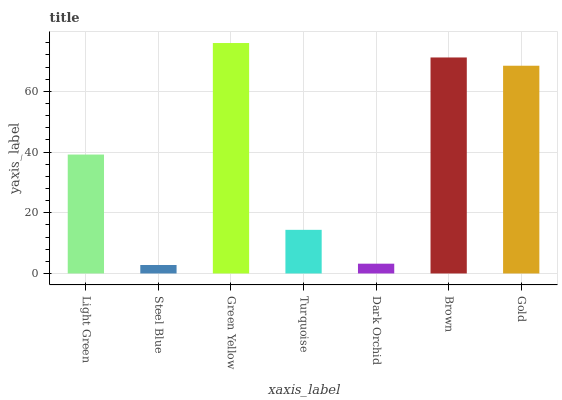
| xaxis_label | bars |
 | --- | --- |
 | Light Green | 39.2 |
 | Steel Blue | 2.79 |
 | Green Yellow | 75.9 |
 | Turquoise | 14.4 |
 | Dark Orchid | 3.22 |
 | Brown | 71.1 |
 | Gold | 68.4 |